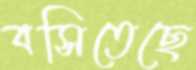
বসিতেছে